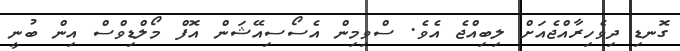
ގޮނޑި ދިވެހިރާއްޖެއަށް ލިބިއްޖެ އެވެ. ސްވިމިން އެސޯސިއޭޝަން އޮފް މޯލްޑިވްސް އިން ބުނީ